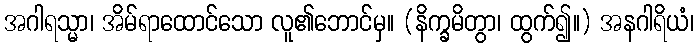
အဂါရသ္မာ၊ အိမ်ရာထောင်သော လူ၏ဘောင်မှ။ (နိက္ခမိတွာ၊ ထွက်၍။) အနဂါရိယံ၊